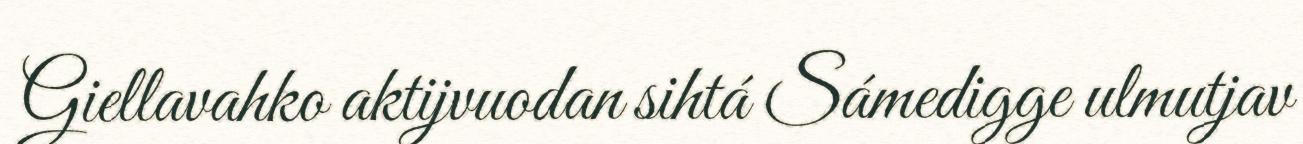
Giellavahko aktijvuodan sihtá Sámedigge ulmutjav